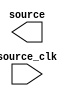
module issp_dp (
		output wire [0:0] source,     //    sources.source
		input  wire       source_clk  // source_clk.clk
	);
endmodule